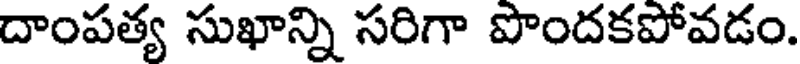
దాంపత్య సుఖాన్ని సరిగా పొందకపోవడం.